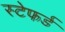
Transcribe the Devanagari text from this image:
स्टेफर्ड